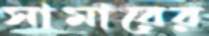
সামারের